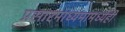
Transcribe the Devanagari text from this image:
प्रसारमाध्यमांमध्येही